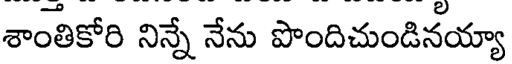
శాంతికోరి నిన్నే నేను పొందిచుండినయ్యా